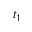
t _ { 1 }